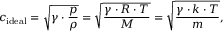
c _ { \mathrm { i d e a l } } = { \sqrt { \gamma \cdot { \frac { p } { \rho } } } } = { \sqrt { \frac { \gamma \cdot R \cdot T } { M } } } = { \sqrt { \frac { \gamma \cdot k \cdot T } { m } } } ,